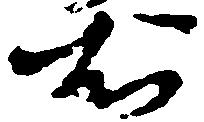
右